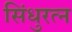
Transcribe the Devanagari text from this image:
सिंधुरत्न